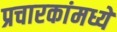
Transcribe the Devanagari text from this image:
प्रचारकांमध्ये